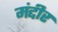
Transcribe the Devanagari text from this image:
मंद्दीर